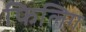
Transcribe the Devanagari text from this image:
फिलिग